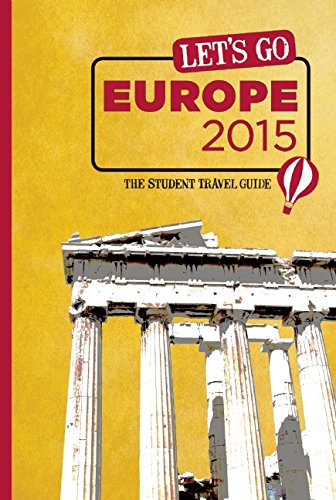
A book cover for Let's Go Europe 2015: The Student Travel Guide; Inc. Harvard Student Agencies; Travel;